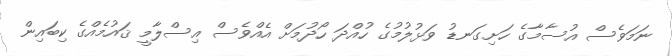
ނަމަވެސް އުސާމާގެ ހަށިގަނޑު ވަޅުލުމުގެ ހުއްދަ ހޯދުމަށް އެއްވެސް އިސްލާމީ ޤައުމެއްގެ ކިބައިން